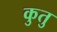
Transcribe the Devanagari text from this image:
कुतु